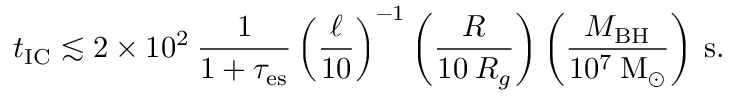
t _ { \mathrm { I C } } \lesssim 2 \times 1 0 ^ { 2 } \: \frac { 1 } { 1 + \tau _ { \mathrm { e s } } } \left( \frac { \ell } { 1 0 } \right) ^ { - 1 } \left( \frac { R } { 1 0 \: R _ { g } } \right) \left( \frac { M _ { \mathrm { B H } } } { 1 0 ^ { 7 } \: \mathrm { { M } _ { \odot } } } \right) \: \mathrm { { s } . }